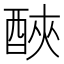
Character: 𨠿